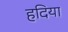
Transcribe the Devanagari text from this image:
हदिया